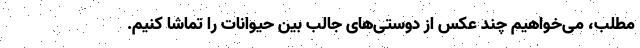
مطلب، می‌خواهیم چند عکس از دوستی‌های جالب بین حیوانات را تماشا کنیم.